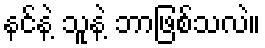
နင်နဲ့ သူနဲ့ ဘာဖြစ်သလဲ။